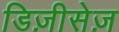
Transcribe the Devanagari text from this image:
डिज़ीसेज़